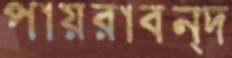
পায়রাবন্দ